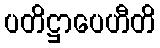
ပတိဋ္ဌာပေဟီတိ